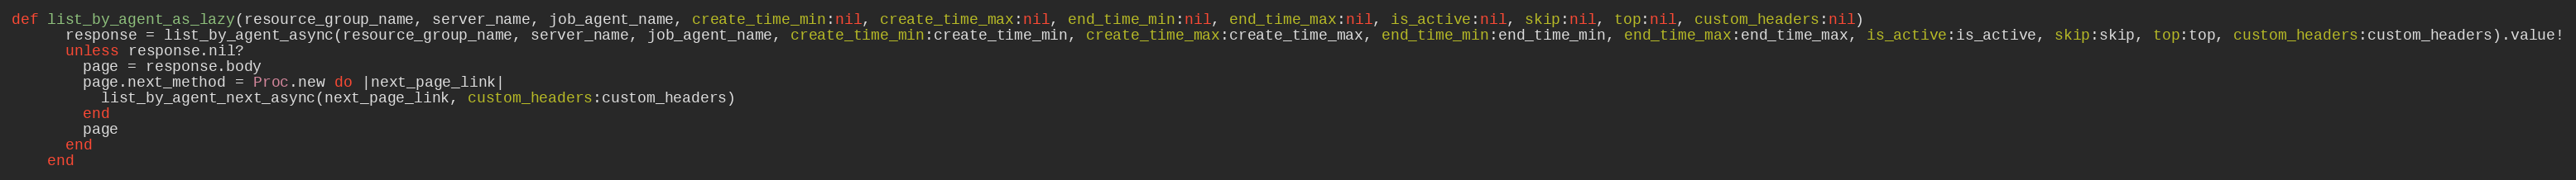
Language: Ruby
def list_by_agent_as_lazy(resource_group_name, server_name, job_agent_name, create_time_min:nil, create_time_max:nil, end_time_min:nil, end_time_max:nil, is_active:nil, skip:nil, top:nil, custom_headers:nil)
      response = list_by_agent_async(resource_group_name, server_name, job_agent_name, create_time_min:create_time_min, create_time_max:create_time_max, end_time_min:end_time_min, end_time_max:end_time_max, is_active:is_active, skip:skip, top:top, custom_headers:custom_headers).value!
      unless response.nil?
        page = response.body
        page.next_method = Proc.new do |next_page_link|
          list_by_agent_next_async(next_page_link, custom_headers:custom_headers)
        end
        page
      end
    end